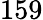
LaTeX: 159